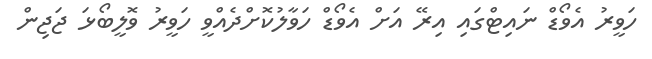
ހަވީރު އެވޯޑް ނައިޓްގައި އިރޭ އަށް އެވޯޑް ހަވާލުކޮށްދެއްވީ ހަވީރު ވޮލީބޯޅަ ޖަޖިން